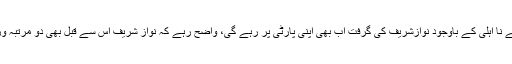
شاہد خاقان کی کامیابی کے بعد سیاسی مبصرین کا کہنا ہے کہ عدالت سے نا اہلی کے باوجود نوازشریف کی گرفت اب بھی اپنی پارٹی پر رہے گی، واضح رہے کہ نواز شریف اس سے قبل بھی دو مرتبہ وزیراعظم رہ چکے ہیں لیکن وہ دونوں مرتبہ اپنی مدت پوری نا کر سکے۔